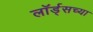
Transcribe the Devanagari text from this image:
लॉर्ड्‌सच्या